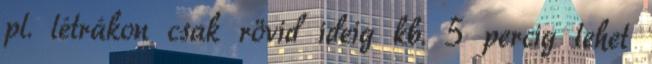
pl. létrákon csak rövid ideig kb. 5 percig lehet